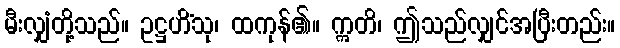
မီးလျှံတို့သည်။ ဥဋ္ဌဟိံသု၊ ထကုန်၏။ ဣတိ၊ ဤသည်လျှင်အပြီးတည်း။